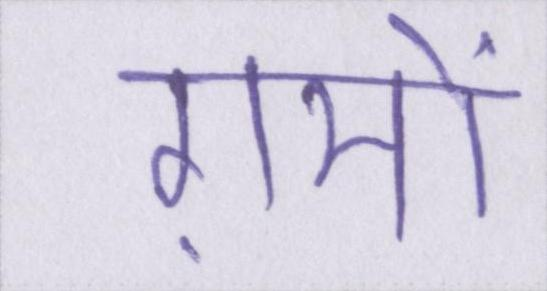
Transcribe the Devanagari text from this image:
ग़मों